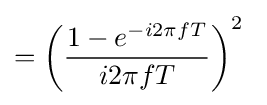
=\left({\frac {1-e^{-i2\pi fT}}{i2\pi fT}}\right)^{2}\